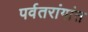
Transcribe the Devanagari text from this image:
पर्वतरांगांत